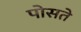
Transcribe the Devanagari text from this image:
पोसते